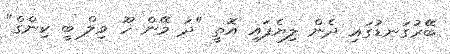
ބޭރުގަނޑުގައި ދެން ލިޔެފައި އޮތީ "ދަ މޭން ހޫ ވިލް ބީ ކިންގް"